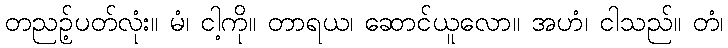
တညဉ့်ပတ်လုံး။ မံ၊ ငါ့ကို။ တာရယ၊ ဆောင်ယူလော။ အဟံ၊ ငါသည်။ တံ၊